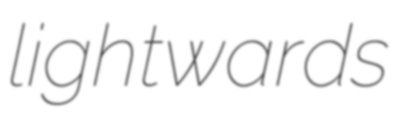
lightwards